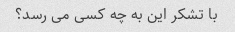
با تشکر این به چه کسی می رسد؟